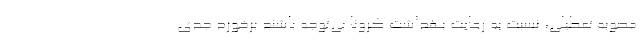
مصوبه تعطیلی، نسبت به رعایت بهداشت کرونا بی‌توجه باشند برخورد جدی